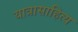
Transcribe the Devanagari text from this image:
यात्रासाहित्य